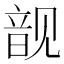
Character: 𲁘